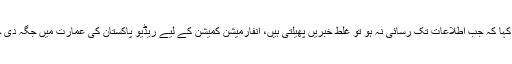
انہوں نے کہا کہ جب اطلاعات تک رسائی نہ ہو تو غلط خبریں پھیلتی ہیں، انفارمیشن کمیشن کے لیے ریڈیو پاکستان کی عمارت میں جگہ دی جائے گی۔